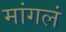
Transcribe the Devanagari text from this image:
मांगलं